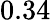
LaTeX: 0.34